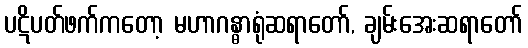
ပဋိပတ်ဖက်ကတော့ မဟာဂန္ဓာရုံဆရာတော်, ချမ်းအေးဆရာတော်